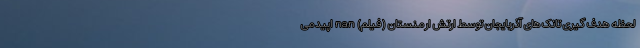
لحظه هدف گیری تانک های آذربایجان توسط ارتش ارمنستان (فیلم) nan اپیدمی